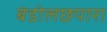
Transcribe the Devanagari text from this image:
बंडोलछपारा